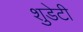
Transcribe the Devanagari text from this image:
शुडेटी